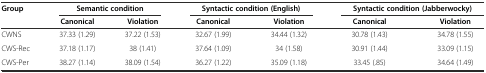
| <ROWSPAN=2> Group | <COLSPAN=2> Semantic condition | <COLSPAN=2> Syntactic condition (English) | <COLSPAN=2> Syntactic condition (Jabberwocky) |
 | Canonical | Violation | Canonical | Violation | Canonical | Violation |
 | --- | --- | --- | --- | --- | --- | --- |
 | CWNS | 37.33 (1.29) | 37.22 (1.53) | 32.67 (1.99) | 34.44 (1.32) | 30.78 (1.43) | 34.78 (1.55) |
 | CWS-Rec | 37.18 (1.17) | 38 (1.41) | 37.64 (1.09) | 34 (1.58) | 30.91 (1.44) | 33.09 (1.15) |
 | CWS-Per | 38.27 (1.14) | 38.09 (1.54) | 36.27 (1.22) | 35.09 (1.18) | 33.45 (.85) | 34.64 (1.49) |